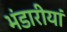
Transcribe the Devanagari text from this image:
भंडारीयां